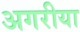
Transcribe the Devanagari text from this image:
अगरीया